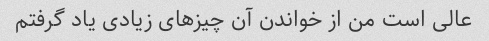
عالی است من از خواندن آن چیزهای زیادی یاد گرفتم